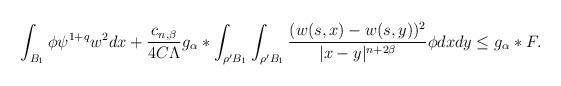
LaTeX: \begin{align*}\int_{B_{1}}\phi\psi^{1+q}w^{2}dx + \frac{c_{n,\beta}}{4C\Lambda}g_{\alpha}*\int_{\rho'B_{1}}\int_{\rho'B_{1}}\frac{(w(s,x)-w(s,y))^{2}}{|x-y|^{n+2\beta}}\phi dxdy\leq g_{\alpha}*F.\end{align*}